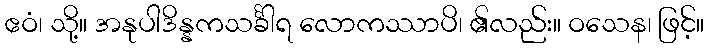
ဧဝံ၊ သို့။ အနုပါဒိန္နကသင်္ခါရ လောကဿာပိ၊ ၏လည်း။ ဝသေန၊ ဖြင့်။